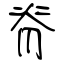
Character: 脊